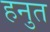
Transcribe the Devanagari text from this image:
हनुत